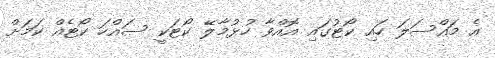
އެ މައްސަލަ ހައި ކޯޓުގައި އޮއްވާ ހުޅުމާލޭ ކޯޓަކީ ސައްހަ ކޯޓެއް ކަމަށް